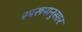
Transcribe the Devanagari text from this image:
स्परूपानुसार